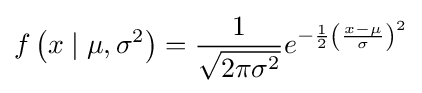
f\left(x\mid \mu ,\sigma ^{2}\right)={\frac {1}{\sqrt {2\pi \sigma ^{2}}}}e^{-{\frac {1}{2}}{\left({\frac {x-\mu }{\sigma }}\right)}^{2}}